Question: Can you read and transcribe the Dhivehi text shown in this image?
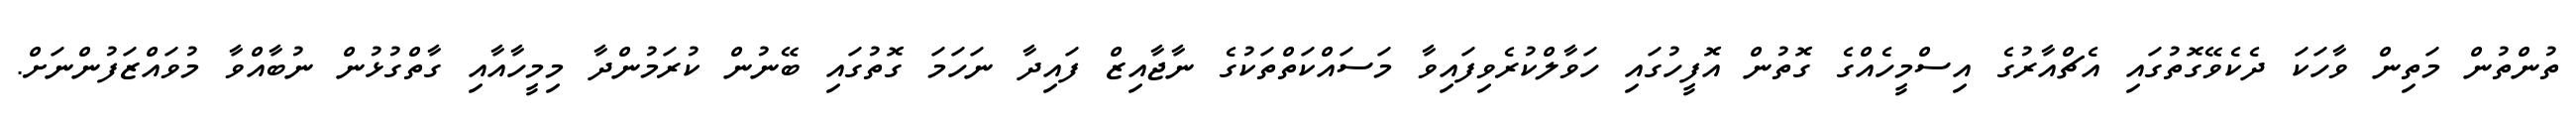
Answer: ތުންތުން މަތިން ވާހަކަ ދެކެވޭގޮތުގައި އެޗްއާރުގެ އިސްމީހެއްގެ ގޮތުން އޮފީހުގައި ހަވާލްކުރެވިފައިވާ މަސައްކަތްތަކުގެ ނާޖާއިޒް ފައިދާ ނަހަމަ ގޮތުގައި ބޭނުން ކުރަމުންދާ މިމީހާއާއި ގާތްގުޅުން ނުބާއްވާ މުވައްޒަފުންނަށް.